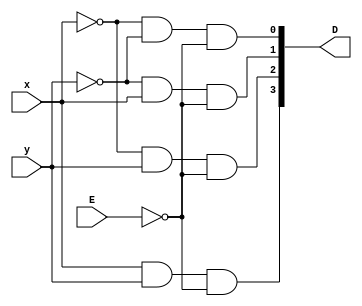
module Decoder24_DataFlow(x, y, E, D);
        
    input x, y, E;
    output [3:0] D;

    assign D[0] = ~x & ~y & ~E;
    assign D[1] = ~y &  x & ~E;
    assign D[2] = ~x &  y & ~E;
    assign D[3] =  x &  y & ~E;

endmodule

// Part b DataFlow